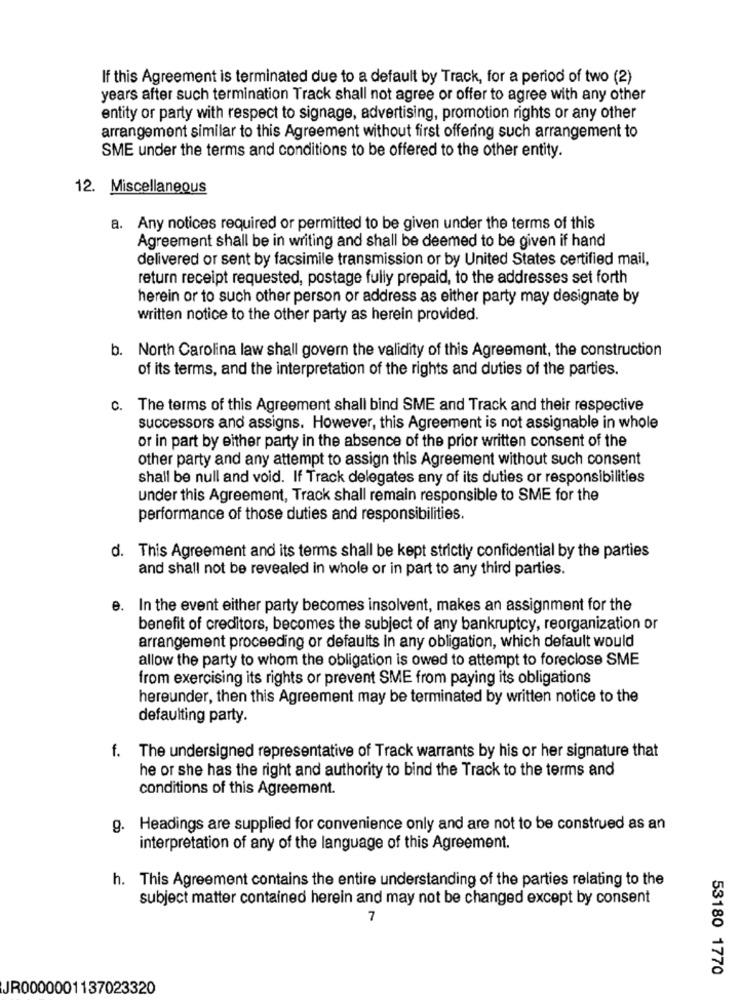
If this Agreement is terminated due to a default by Track, for a period of two (2)
years after such termination Track shall not agree or offer to agree with any other
entity or party with respect to signage, advertising, promotion rights or any other
arrangement similar to this Agreement without first offering such arrangement to
SME under the terms and conditions to be offered to the other entity.
12. Miscellaneous
a. Any notices required or permitted to be given under the terms of this
Agreement shall be in writing and shall be deemed to be given if hand
delivered or sent by facsimile transmission or by United States certified mail,
return receipt requested, postage fully prepaid, to the addresses set forth
herein or to such other person or address as either party may designate by
written notice to the other party as herein provided.
b. North Carolina law shall govern the validity of this Agreement, the construction
of its terms, and the interpretation of the rights and duties of the parties.
c. The terms of this Agreement shall bind SME and Track and their respective
successors and assigns. However, this Agreement is not assignable in whole
or in part by either party in the absence of the prior written consent of the
other party and any attempt to assign this Agreement without such consent
shall be null and void. If Track delegates any of its duties or responsibilities
under this Agreement, Track shall remain responsible to SME for the
performance of those duties and responsibilities.
d. This Agreement and its terms shall be kept strictly confidential by the parties
and shall not be revealed in whole or in part to any third parties.
e. In the event either party becomes insolvent, makes an assignment for the
benefit of creditors, becomes the subject of any bankruptcy, reorganization or
arrangement proceeding or defaults in any obligation, which default would
allow the party to whom the obligation is owed to attempt to foreclose SME
from exercising its rights or prevent SME from paying its obligations
hereunder, then this Agreement may be terminated by written notice to the
defaulting party.
f. The undersigned representative of Track warrants by his or her signature that
he or she has the right and authority to bind the Track to the terms and
conditions of this Agreement.
g. Headings are supplied for convenience only and are not to be construed as an
interpretation of any of the language of this Agreement.
h. This Agreement contains the entire understanding of the parties relating to the
subject matter contained herein and may not be changed except by consent
7
53180 1770
JR0000001137023320